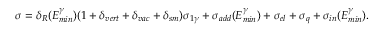
\sigma = \delta _ { R } ( E _ { m i n } ^ { \gamma } ) ( 1 + \delta _ { v e r t } + \delta _ { v a c } + \delta _ { s m } ) \sigma _ { 1 \gamma } + \sigma _ { a d d } ( E _ { m i n } ^ { \gamma } ) + \sigma _ { e l } + \sigma _ { q } + \sigma _ { i n } ( E _ { m i n } ^ { \gamma } ) .